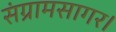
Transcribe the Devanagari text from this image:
संग्रामसागर।